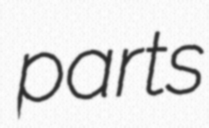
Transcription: parts